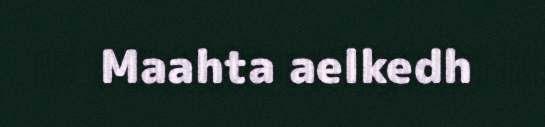
Maahta aelkedh